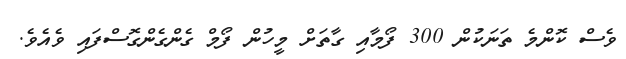
ވެސް ކޮންމެ ތަނަކުން 300 ފޯމާއި ގާތަށް މީހުން ފޯމް ގެންގެންގޮސްފައި ވެއެވެ.